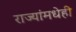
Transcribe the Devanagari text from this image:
राज्यांमधेही